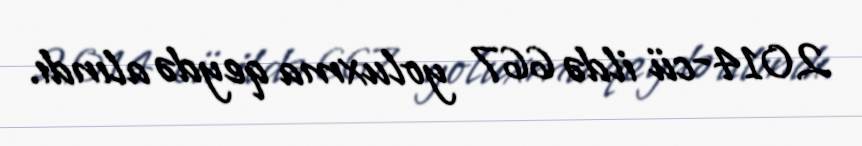
2014-cü ildə 667 yoluxma qeydə alındı.